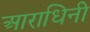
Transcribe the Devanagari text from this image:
आराधिनी